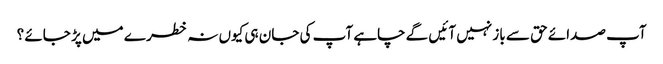
آپ صدائے حق سے باز نہیں آئیں گے چاہے آپ کی جان ہی کیوں نہ خطر ے میں پڑ جائے ؟